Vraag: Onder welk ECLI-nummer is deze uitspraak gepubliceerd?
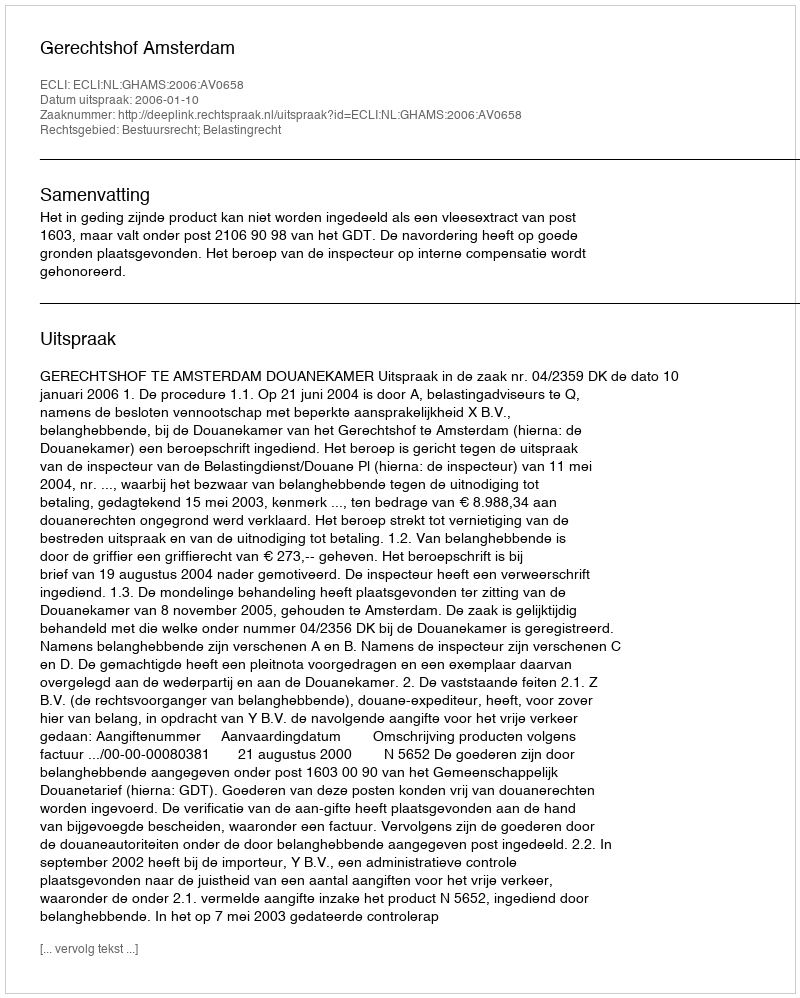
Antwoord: ECLI:NL:GHAMS:2006:AV0658